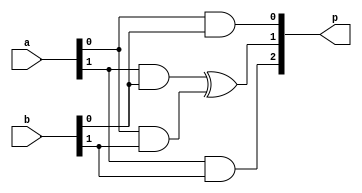
`timescale 1ns / 1ps

module arraymultiplier(
    input [1:0]a,
    input [1:0]b,
    output [2:0]p
    );
	 
	 wire [3:0]i;
	 
	 assign i[0] = a[0] & b[0];
	 assign i[1] = a[1] & b[0];
	 assign i[2] = a[0] & b[1];
	 assign i[3] = a[1] & b[1];
	 
	 assign p[0] = i[0];
	 assign p[1] = i[1] ^ i[2];
	 assign p[2] = i[3];
	 
	
	 


endmodule